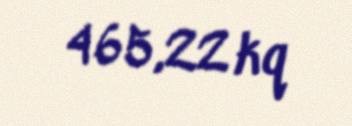
465,22 kq